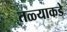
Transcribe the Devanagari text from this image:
तळ्याकडे